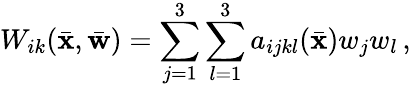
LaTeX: W_{ik}(\bar{\mathbf x},\bar{\mathbf w})=\sum_{j=1}^{3}\sum_{l=1}^{3}a_{ijkl}(\bar{\mathbf x})w_{j}w_{l}\, ,